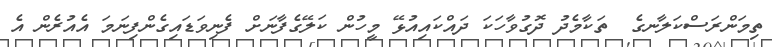
ތިމަންރަސްކަލާނގެ  ތަކާމެދު ދޮގުވާހަކަ ދައްކައިއުޅޭ މީހުން ކަލޭގެފާނަށް ފެނިވަޑައިގެންފިނަމަ އެއުރެން އެ